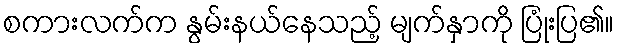
စကားလက်က နွမ်းနယ်နေသည့် မျက်နှာကို ပြုံးပြ၏။